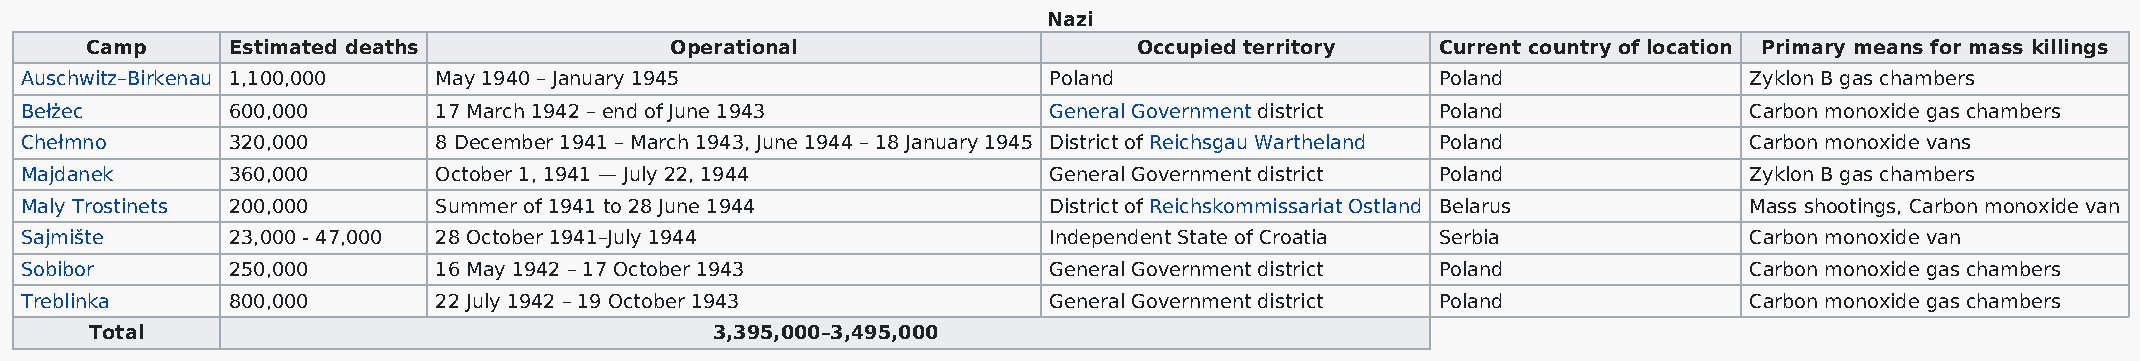
Nazi
 Camp     Estimated deaths             Operational                    Occupied territory  Current country of location Primary means for mass killings
 Auschwitz–Birkenau 1,100,000 May 1940 – January 1945                Poland                    Poland               Zyklon B gas chambers
 Bełżec        600,000       17 March 1942 – end of June 1943        General Government district Poland             Carbon monoxide gas chambers
 Chełmno       320,000       8 December 1941 – March 1943, June 1944 – 18 January 1945 District of Reichsgau Wartheland Poland Carbon monoxide vans
 Majdanek      360,000       October 1, 1941 — July 22, 1944         General Government district Poland             Zyklon B gas chambers
 Maly Trostinets 200,000     Summer of 1941 to 28 June 1944          District of Reichskommissariat Ostland Belarus Mass shootings, Carbon monoxide van
 Sajmište      23,000 - 47,000 28 October 1941–July 1944             Independent State of Croatia Serbia            Carbon monoxide van
 Sobibor       250,000       16 May 1942 – 17 October 1943           General Government district Poland             Carbon monoxide gas chambers
 Treblinka     800,000       22 July 1942 – 19 October 1943          General Government district Poland             Carbon monoxide gas chambers
 Total                                    3,395,000–3,495,000